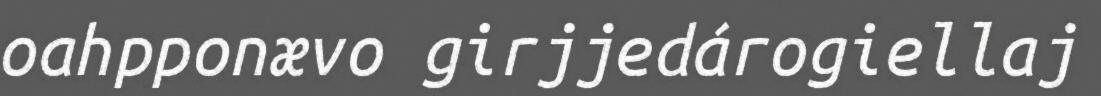
oahpponævo girjjedárogiellaj